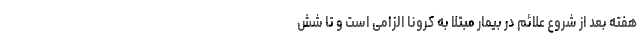
هفته بعد از شروع علائم در بیمار مبتلا به کرونا الزامی است و تا شش